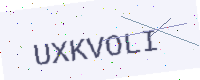
Text: UXKVOLI